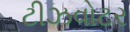
ટીઝવોટર